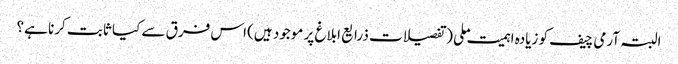
البتہ آرمی چیف کو زیادہ اہمیت ملی (تفصیلات ذرایع ابلاغ پر موجود ہیں) اس فرق سے کیا ثابت کرنا ہے؟